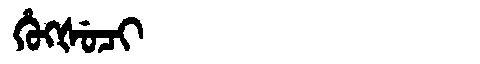
Manchu: ᡥᡠᡴᡧᡠᠴᡳ
Romanization: HUKŠUCI